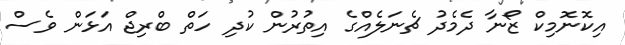
އިކޮނޮމިކް ޒޯނާ ދެމެދު ޗެނަލެއްގެ އިތުރުން ކުދި ހަތް ބްރިޖް އަޅަން ވެސް